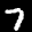
Digit: 7